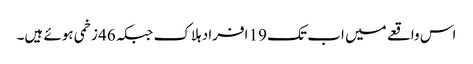
اس واقعے میں اب تک 19 افراد ہلاک جبکہ 46 زخمی ہوئے ہیں۔